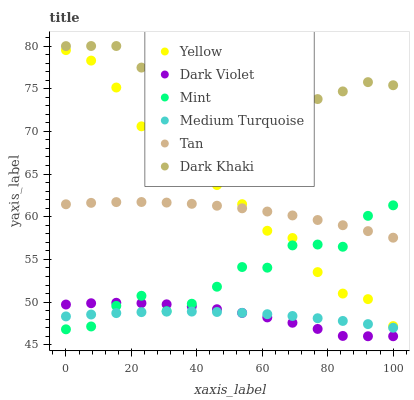
| xaxis_label | Yellow | Dark Violet | Mint | Medium Turquoise | Tan | Dark Khaki |
 | --- | --- | --- | --- | --- | --- | --- |
 | 0 | 79.5 | 49.7 | 46.8 | 48.3 | 61.5 | 80 |
 | 7.69 | 78.3 | 49.9 | 47.1 | 48.5 | 61.6 | 80 |
 | 15.4 | 75.1 | 49.9 | 49.6 | 48.7 | 61.7 | 80 |
 | 23.1 | 70.6 | 49.9 | 50.7 | 48.8 | 61.7 | 77.5 |
 | 30.8 | 68 | 49.7 | 48.9 | 48.9 | 61.7 | 77.8 |
 | 38.5 | 66.6 | 49.5 | 49.8 | 48.9 | 61.5 | 79.2 |
 | 46.2 | 63.7 | 49.2 | 51.8 | 48.8 | 61.3 | 76.1 |
 | 53.8 | 61.5 | 48.7 | 54.1 | 48.7 | 61 | 75.6 |
 | 61.5 | 58.4 | 48.2 | 54 | 48.6 | 60.6 | 75 |
 | 69.2 | 57.5 | 47.6 | 56.6 | 48.4 | 60.2 | 75.4 |
 | 76.9 | 53.5 | 46.9 | 56.7 | 48.1 | 59.6 | 73.8 |
 | 84.6 | 51 | 46 | 56.5 | 47.8 | 59 | 74.7 |
 | 92.3 | 50.3 | 46 | 60.1 | 47.4 | 58.3 | 75.8 |
 | 100 | 47.2 | 46 | 61.3 | 47 | 57.5 | 75.4 |